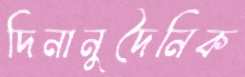
দিনানুদৈনিক